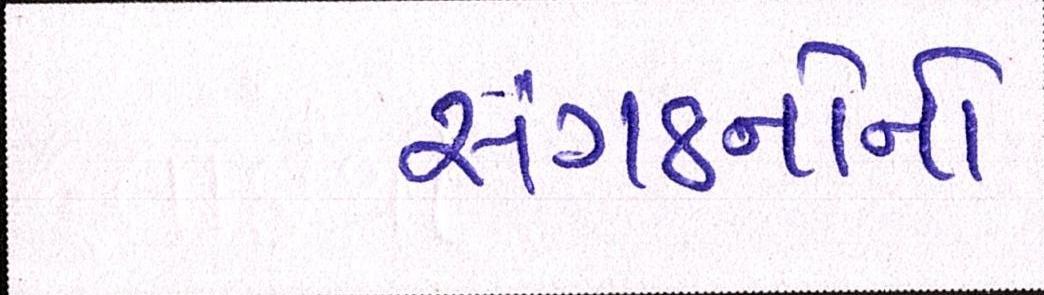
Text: સંગઠનોનો